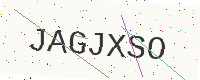
Text: JAGJXSO